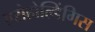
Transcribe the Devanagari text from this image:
एरोहोल्डिंगिस